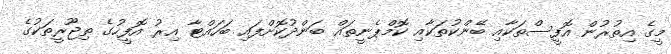
މީގެ އިތުރުން އޮފީސްތަކާއި ބޭންކުތަކާއި ކޮމްޕެނީތައް ބަންދުކޮށްފައި ބަހައްޓާ އިރު އޮފީހުގެ ތިޖޫރީތަކުގެ